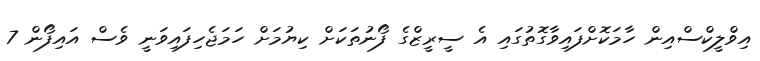
އިވްލީކްސްއިން ހާމަކޮށްފައިވާގޮތުގައި އެ ސީރީޒްގެ ފޯނުތަކަށް ކިޔުމަށް ހަމަޖެހިފައިވަނީ ވެސް އައިފޯން 7